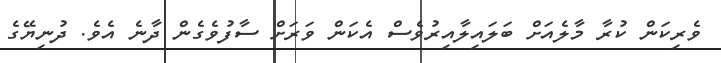
ވެރިކަން ކުރާ މާލެއަށް ބަލައިލާއިރުވެސް އެކަން ވަރަށް ސާފުވެގެން ދާނެ އެވެ. ދުނިޔޭގެ